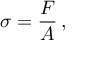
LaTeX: \sigma = { \frac { F } { A } } \, ,